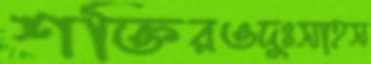
শক্তিরওদুঃসাহস